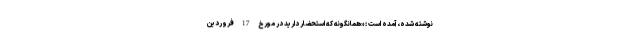
نوشته شده، آمده است : «همانگونه که استحضار دارید در مورخ 17 فروردین